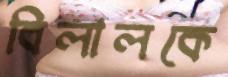
বিলালকে